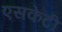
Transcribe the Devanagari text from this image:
एसकेटी